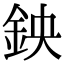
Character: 鉠